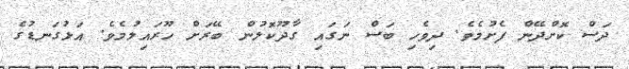
ދަސް ކޮށްދޭން ފެށުމެވެ. ދިވެހި ބަސް ނަގައި ގާދޫކޮލުން ބޭރަށް ހޫރައިލުމެވެ. އަޅުގަނޑުގެ